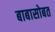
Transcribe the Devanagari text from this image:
बाबासोबत